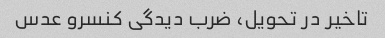
تاخیر در تحویل، ضرب دیدگی کنسرو عدس